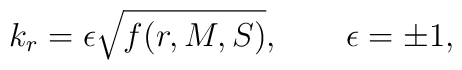
k_r = \epsilon \sqrt{f(r,M,S)}, \qquad \epsilon=\pm1,